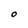
Character: O